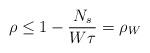
LaTeX: \begin{align*}\rho \leq 1-\frac{N_s}{W\tau}=\rho_{W}\end{align*}